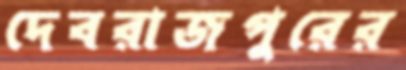
দেবরাজপুরের